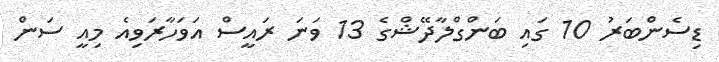
ޑިސެންބަރު 10 ގައި ބަންގްލާދޭޝްގެ 13 ވަނަ ރައީސް އަވަހާރަވިއެ މިއީ ސަން